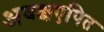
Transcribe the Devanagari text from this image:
अवक्षएपित